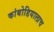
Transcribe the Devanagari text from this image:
कांबोडियालाच